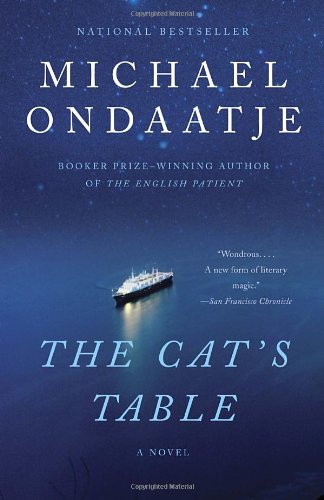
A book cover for The Cat's Table (Vintage International); Michael Ondaatje; Literature & Fiction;